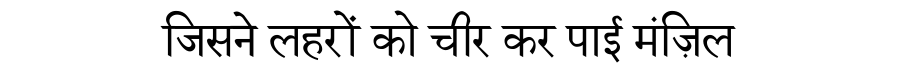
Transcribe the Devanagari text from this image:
जिसने लहरों को चीर कर पाई मंज़िल